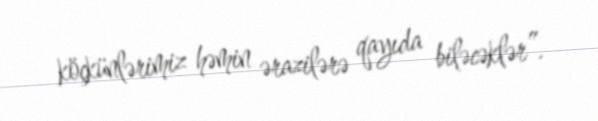
köçkünlərimiz həmin ərazilərə qayıda biləcəklər”.